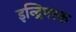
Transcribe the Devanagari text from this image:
इन्द्रिपरक